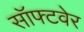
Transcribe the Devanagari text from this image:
सॉफ्‍टवेर